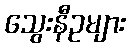
သွေးနီဥများ